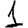
Digit: 1